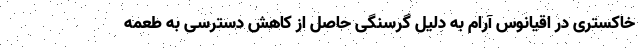
خاکستری در اقیانوس آرام به دلیل گرسنگی حاصل از کاهش دسترسی به طعمه